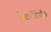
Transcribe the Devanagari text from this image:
कैवारीदेखील